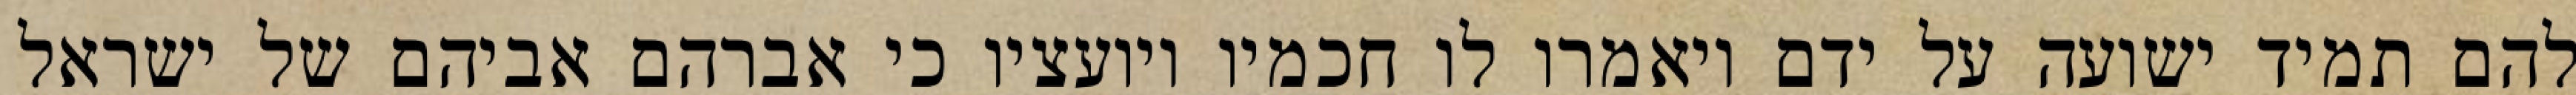
להם תמיד ישועה על ידם ויאמרו לו חכמיו ויועציו כי אברהם אביהם של ישראל